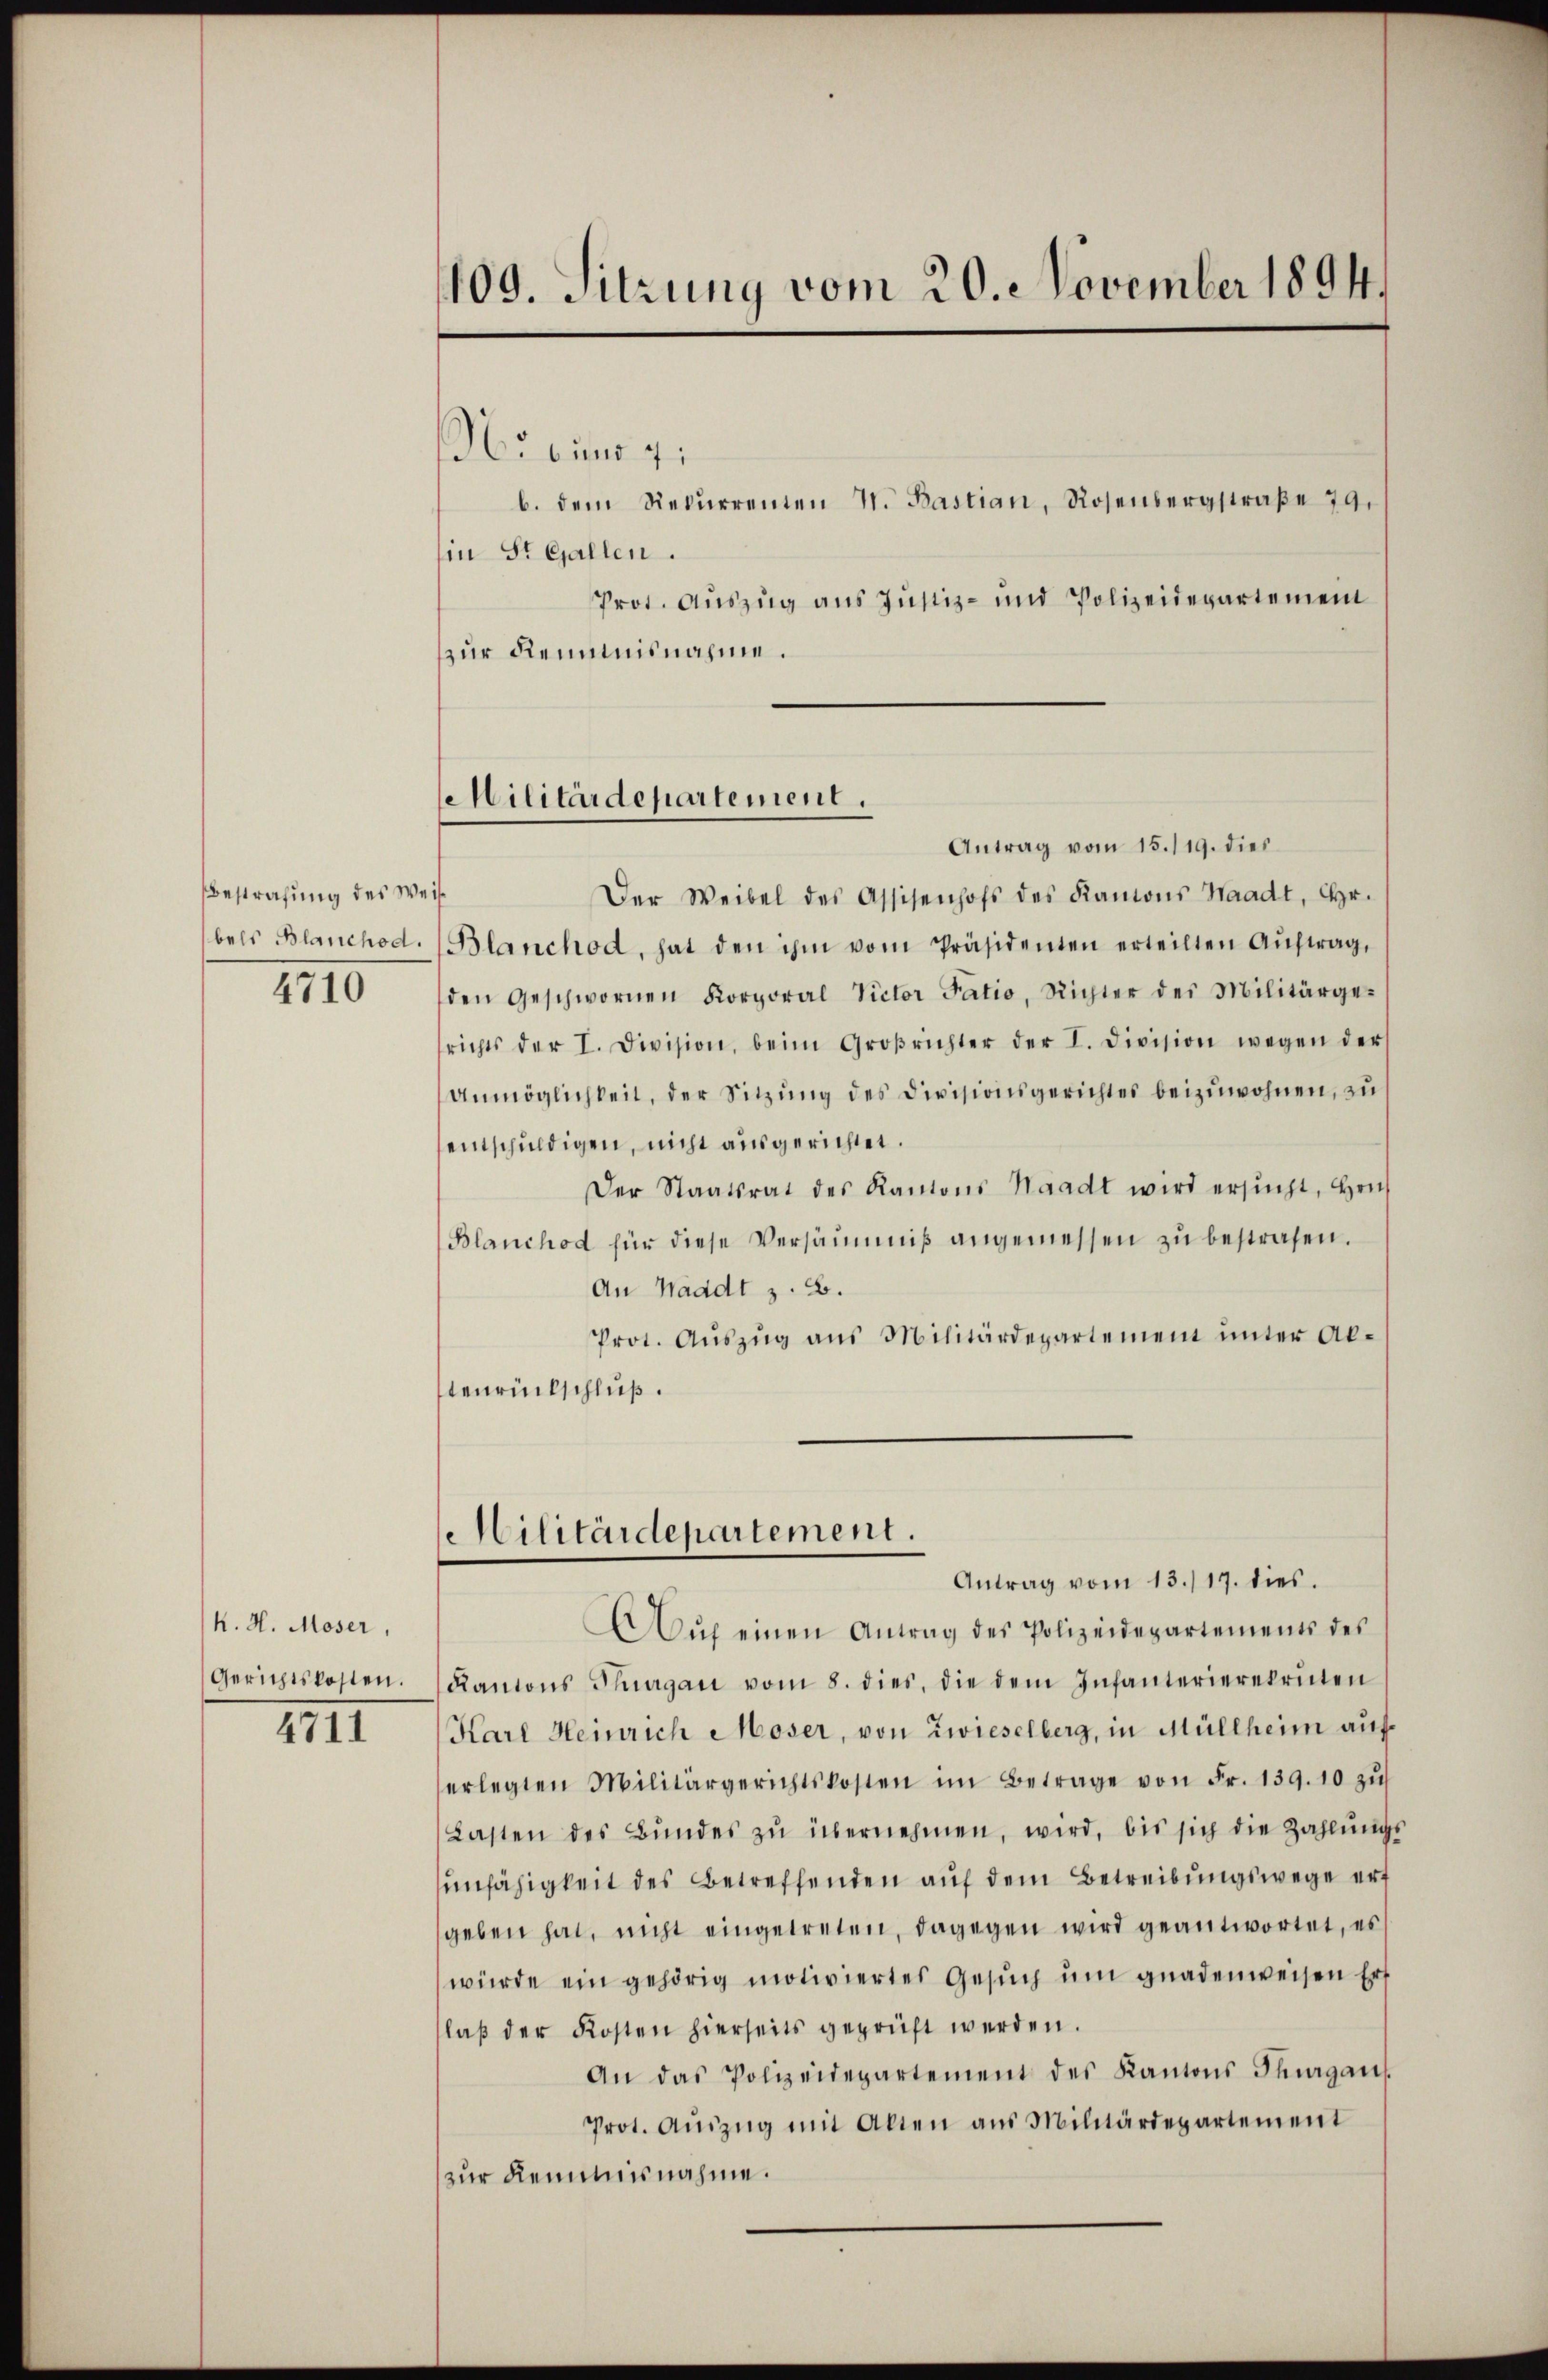
Bestrafung des Weise
bels Blanchod.
4710

K. H. Moser,
Gerichtskosten.

4711

109. Sitzung vom 20. November 1894.

Militärdepartement.

Militärdepartement.
Antrag vom 13./17. dies.

Hucuns gi
b. dem Rekurrenten V. Bastian, Rosenbergstraße 79.
in St. Gallen.
Prot. Auszug aus Justiz- und Polizeidepartemen
zur Renntnisnahme.

Antrag vom 15. 119. dies
Der Weibel des Assisenhofs des Kanons Waadt, Chr.
Blanchod, hat den ihm vom Präsidenten erteilten Aŭftrag,
den Geschwornen Korporal Victor Fatio, Richter des Militärgerichts der I. Division, beim Großrichter der I. Division wegen der
Unmöglichkeit, der Sitzung des Divisionsgerichtes beizuwohnen, zu
entschuldigen, nicht ausgerichtet.
Der Staatsrat des Kantons Waadt wird ersŭcht, Hrn.
Blanchod für diese Versäumniβ angemessen zŭ bestrafen.
An Waadt z. B.
Prot. Auszug aus Militärdepartement unter Altenrückschluß.

Aŭf einen Antrag des Polizeidepartements des
Rantons Thurgau vom 8. dies, die dem Infanterierekruten
Karl Heinrich Moser, von Zwieselberg, in Müllheim auferlegten Militärgerichtskosten im Betrage von Fr. 139. 10 zŭ
Lasten des Bŭndes zŭ übernehmen, wird, bis sich die Zahlŭngs-
unfähigkeit des Betreffenden auf dem Betreibungswege ert
geben hat, nicht eingetreten, dagegen wird geantwortet, es
würde ein gehörig motiviertes Gesŭch ŭm gnadenweisen Erf
laβ der Kosten hierseits geprüft werden.
An das Polizeidepartement des Kantons Thurgaus
Prot. Aŭszŭg mit Alten aus Militärdepartement
zur Remmnisnahme.